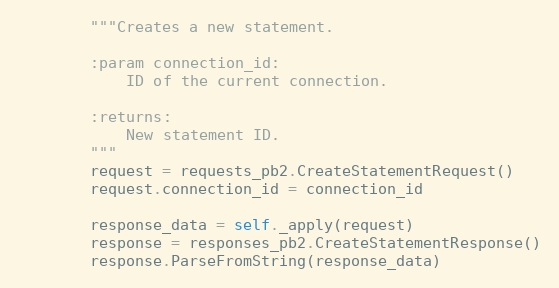
Language: Python
        """Creates a new statement.

        :param connection_id:
            ID of the current connection.

        :returns:
            New statement ID.
        """
        request = requests_pb2.CreateStatementRequest()
        request.connection_id = connection_id

        response_data = self._apply(request)
        response = responses_pb2.CreateStatementResponse()
        response.ParseFromString(response_data)